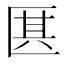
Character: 𠥊